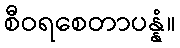
စီဝရစေတာပန္နံ။